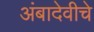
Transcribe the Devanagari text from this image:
अंबादेवीचे